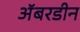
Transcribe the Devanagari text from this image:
अॅबरडीन